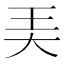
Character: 㺯